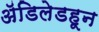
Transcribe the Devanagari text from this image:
ॲडिलेडहून